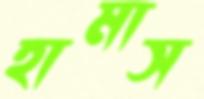
হামাস